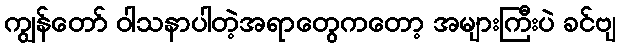
ကျွန်တော် ဝါသနာပါတဲ့အရာတွေကတော့ အများကြီးပဲ ခင်ဗျ